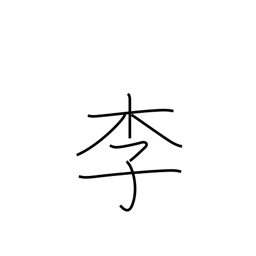
Meaning: plum